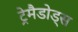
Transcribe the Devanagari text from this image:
ट्रेमैडोड्स